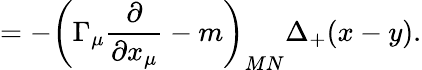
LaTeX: =-\left(\Gamma_{\mu}\frac\partial{\partial x_{\mu}}-m\right)_{MN}\Delta_{+}(x-y).